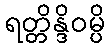
ရတ္တိန္ဒိဝမ္ပိ